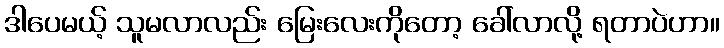
ဒါပေမယ့် သူမလာလည်း မြေးလေးကိုတော့ ခေါ်လာလို့ ရတာပဲဟာ။